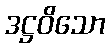
ဒဋ္ဌဝိသော